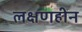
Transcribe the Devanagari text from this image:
लक्षणहीन